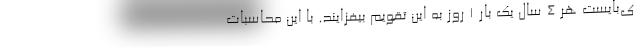
ی‌بایست هر ۴ سال یک بار ۱ روز به این تقویم بیفزایند. با این محاسبات